Leaving Certificate Examination, 1920
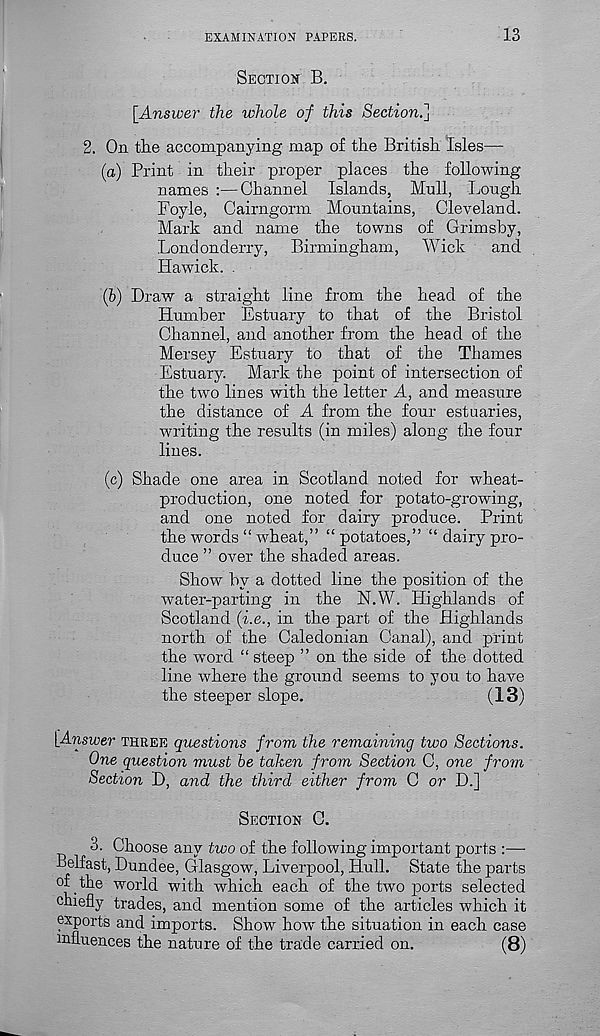
EXAMINATION PAPERS.
13
SECTION B.
[Answei* the whole of this Section.]
2. On the accompanying map of the British Isles—
(a) Print in their proper places the following
names :—Channel Islands, Mull, Lough
Foyle, Cairngorm Mountains, Cleveland.
Mark and name the towns of Grimsby,
Londonderry, Birmingham, Wick and
Hawick. .
(5) Draw a straight line from the head of the
Humber Estuary to that of the Bristol
Channel, and another from the head of the
Mersey Estuary to that of the Thames
Estuary. Mark the point of intersection of
the two lines with the letter A, and measure
the distance of A from the four estuaries,
writing the results (in miles) along the four
lines.
(c) Shade one area in Scotland noted for wheat-
production, one noted for potato-growing,
and one noted for dairy produce. Print
the words “ wheat,” “ potatoes,” “ dairy pro-
duce ” over the shaded areas.
Show by a dotted line the position of the
water-parting in the N.W. Highlands of
Scotland (i.e., in the part of the Highlands
north of the Caledonian Canal), and print
the word “ steep ” on the side of the dotted
line where the ground seems to you to have
the steeper slope.
(13)
[Answer THREE questions from the remaining two Sections.
One question must be taken from Section C, one from
Section D, and the third either from C or D.]
SECTION C.
3. Choose any two of the following important ports :—
Belfast, Dundee, Glasgow, Liverpool, Hull. State the parts
of the world with which each of the two ports selected
chiefly trades, and mention some of the articles which it
exports and imports. Show how the situation in each case
influences the nature of the trade carried on.
(8)